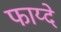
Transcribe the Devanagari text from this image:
फाय्दे